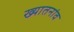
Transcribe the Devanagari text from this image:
ख्यातनांव